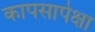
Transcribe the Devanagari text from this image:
कापसापेक्षा